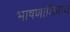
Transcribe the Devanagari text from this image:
भाषणाशिवाय